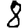
Digit: 8